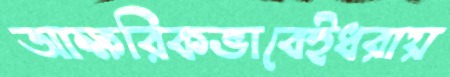
আক্ষরিকভাবেইধরায়